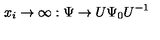
x _ { i } \rightarrow \infty : \Psi \rightarrow U \Psi _ { 0 } U ^ { - 1 }